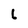
Character: L